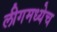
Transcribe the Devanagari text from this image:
लीगमध्येच